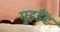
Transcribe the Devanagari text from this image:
गुइडैंट